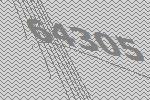
64305